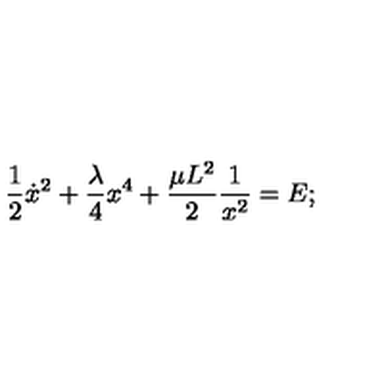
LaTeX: { \frac { 1 } { 2 } } { \dot { x } } ^ { 2 } + { \frac { \lambda } { 4 } } x ^ { 4 } + { \frac { \mu L ^ { 2 } } { 2 } } { \frac { 1 } { x ^ { 2 } } } = E ;